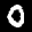
Label: 0